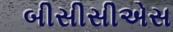
બીસીસીએસ